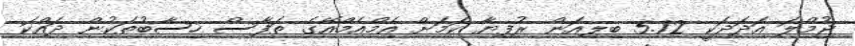
ޖުމްލަ އަދަދަކީ 5.72 ބިލިއަން ރުފިޔާ ކަމަށް އެމްއެމްއޭގެ ތަފާސް ހިސާބުތަކުން ދައްކަ